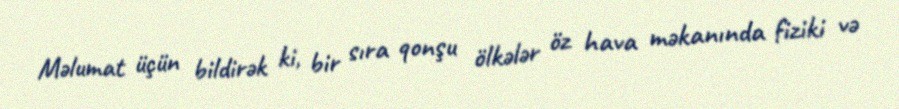
Məlumat üçün bildirək ki, bir sıra qonşu ölkələr öz hava məkanında fiziki və